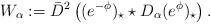
LaTeX: \begin{align*}W_\alpha:=\bar D^2\left((e^{-\phi})_\star\star D_\alpha(e^\phi)_\star\right).\end{align*}